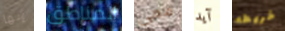
إنها المناطق معي آيد خريطه